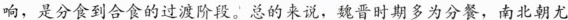
响，是分食到合食的过渡阶段。总的来说，魏晋时期多为分餐，南北朝尤